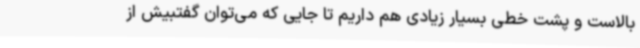
بالاست و پشت خطی بسیار زیادی هم داریم تا جایی که می‌توان گفتبیش از